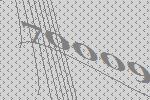
70009